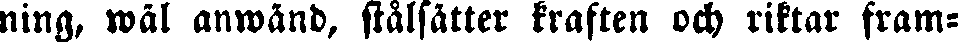
ning, wäl anwänd, stålsätter kraften och riktar fram-